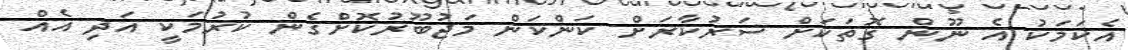
އެކަމަކު އެ ނޫން ގޮތަކަށް ސަރުކާރަށް ކަންކަން މަޖުބޫރުކޮށްގެން ކުރުމަކީ އަދި އެއް